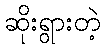
ဆိုးရွားတဲ့